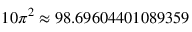
1 0 \pi ^ { 2 } \approx 9 8 . 6 9 6 0 4 4 0 1 0 8 9 3 5 9